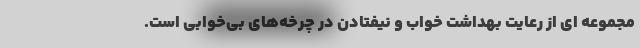
مجموعه ای از رعایت بهداشت خواب و نیفتادن در چرخه‌های بی‌خوابی است.